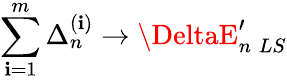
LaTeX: \sum_{\mathbf{i}=1}^{m}\Delta_{n}^{(\mathbf{i})}\rightarrow\DeltaE_{n\; LS}^{\prime}